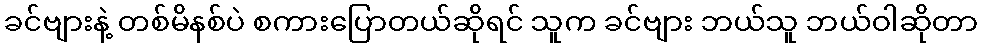
ခင်ဗျားနဲ့ တစ်မိနစ်ပဲ စကားပြောတယ်ဆိုရင် သူက ခင်ဗျား ဘယ်သူ ဘယ်ဝါဆိုတာ